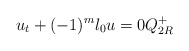
\begin{align*}u_t+(-1)^m \l_0 u=0 Q_{2R}^+\end{align*}